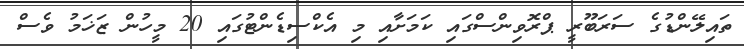
ތައިލޭންޑުގެ ސަރަބޫރީ ޕްރޮވިންސްގައި ކަމަށާއި މި އެކްސިޑެންޓުގައި 20 މީހުން ޒަޚަމު ވެސް